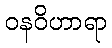
ဝနဝိဟာရာ